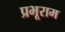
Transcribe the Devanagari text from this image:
प्रभूराम